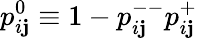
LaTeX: p_{i\mathbf{j}}^{0}\equiv1-p_{i\mathbf{j}}^{--}p_{i\mathbf{j}}^{+}